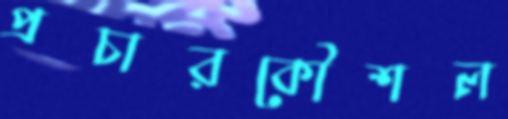
প্রচারকৌশল